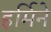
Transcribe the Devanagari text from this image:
हर्मिने